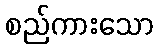
စည်ကားသော